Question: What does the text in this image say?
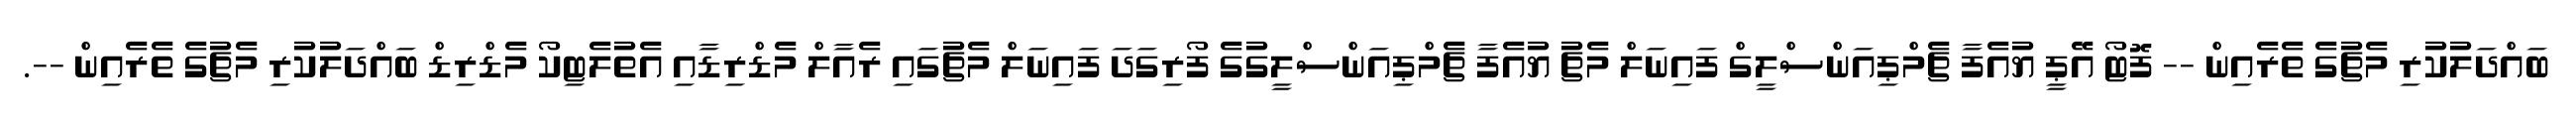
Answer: ބައްދަލުކުރި މެޗުގެ ތެރެއިން -- ފޮޓޯ އޭޕީ ޔުއެފާ ޗެމްޕިއަންސްލީގް ފައިނަލް މެޗު ޔުއެފާ ޗެމްޕިއަންސްލީގުގެ ފޯރިގަދަ ފައިނަލް މެޗުގައި ރެއާލް މެޑްރިޑާއި އެތުލެޓިކޯ މެޑްރިޑް ބައްދަލުކުރި މެޗުގެ ތެރެއިން --.